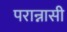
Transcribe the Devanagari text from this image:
परान्नासी